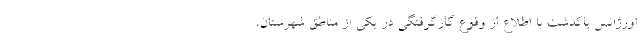
اورژانس پاکدشت با اطلاع از وقوع گازگرفتگی در یکی از مناطق شهرستان،